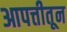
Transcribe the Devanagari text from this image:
आपत्तीतून